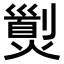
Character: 𤎾